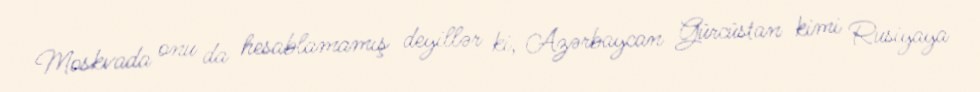
Moskvada onu da hesablamamış deyillər ki, Azərbaycan Gürcüstan kimi Rusiyaya